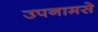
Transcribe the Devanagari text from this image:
उपनामसे